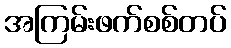
အကြမ်းဖက်စစ်တပ်